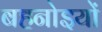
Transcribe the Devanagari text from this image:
बहनोइयों